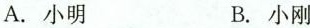
A.小明 B.小刚